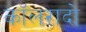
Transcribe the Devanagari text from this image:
कॉलरादो